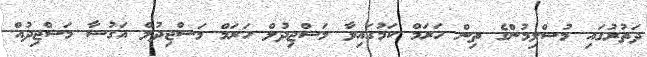
ދަތުރުގައި މުސްލިމުންގެ ތިން ހަރަމް ކަމުގައިވާ މަސްޖިދުލް ހަރަމް މަސްޖިދުލް އަގުސާ މަސްޖިދުއް